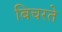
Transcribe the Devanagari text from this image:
बिचरते